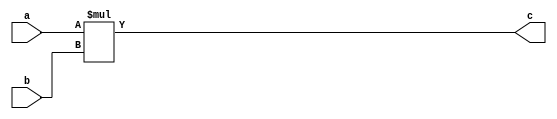
`timescale 1ns / 1ps

/** @module : fp_mul
 *  @author : Secure Trusted and Assured Microelectronics (STAM) Center

 *  Copyright (c) 2023 PQC.Secure (STAM/SCAI/ASU)
 *  Permission is hereby granted, free of charge, to any person obtaining a copy
 *  of this software and associated documentation files (the "Software"), to deal
 *  in the Software without restriction, including without limitation the rights
 *  to use, copy, modify, merge, publish, distribute, sublicense, and/or sell
 *  copies of the Software, and to permit persons to whom the Software is
 *  furnished to do so, subject to the following conditions:
 *  The above copyright notice and this permission notice shall be included in
 *  all copies or substantial portions of the Software.
 *
 *  THE SOFTWARE IS PROVIDED "AS IS", WITHOUT WARRANTY OF ANY KIND, EXPRESS OR
 *  IMPLIED, INCLUDING BUT NOT LIMITED TO THE WARRANTIES OF MERCHANTABILITY,
 *  FITNESS FOR A PARTICULAR PURPOSE AND NONINFRINGEMENT. IN NO EVENT SHALL THE
 *  AUTHORS OR COPYRIGHT HOLDERS BE LIABLE FOR ANY CLAIM, DAMAGES OR OTHER
 *  LIABILITY, WHETHER IN AN ACTION OF CONTRACT, TORT OR OTHERWISE, ARISING FROM,
 *  OUT OF OR IN CONNECTION WITH THE SOFTWARE OR THE USE OR OTHER DEALINGS IN
 *  THE SOFTWARE.
 *
 *
 */

module fp_mul(a, b, c);

input [7:0] a;
input [7:0] b;
output [15:0] c;

assign c = a * b;

endmodule